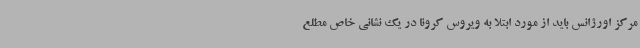
مرکز اورژانس باید از مورد ابتلا به ویروس کرونا در یک نشانی خاص مطلع